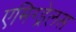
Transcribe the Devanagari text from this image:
एमिग्ड्रेलस